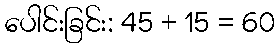
ပေါင်းခြင်း: 45 + 15 = 60